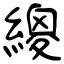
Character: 繌